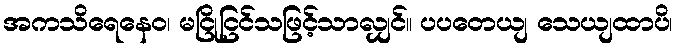
အကသိရေနေဝ၊ မငြိုငြင်သဖြင့်သာလျှင်။ ပပတေယျ သေယျထာပိ၊